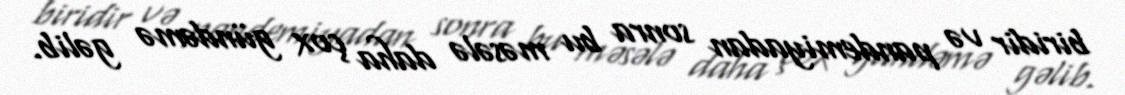
biridir və pandemiyadan sonra bu məsələ daha çox gündəmə gəlib.